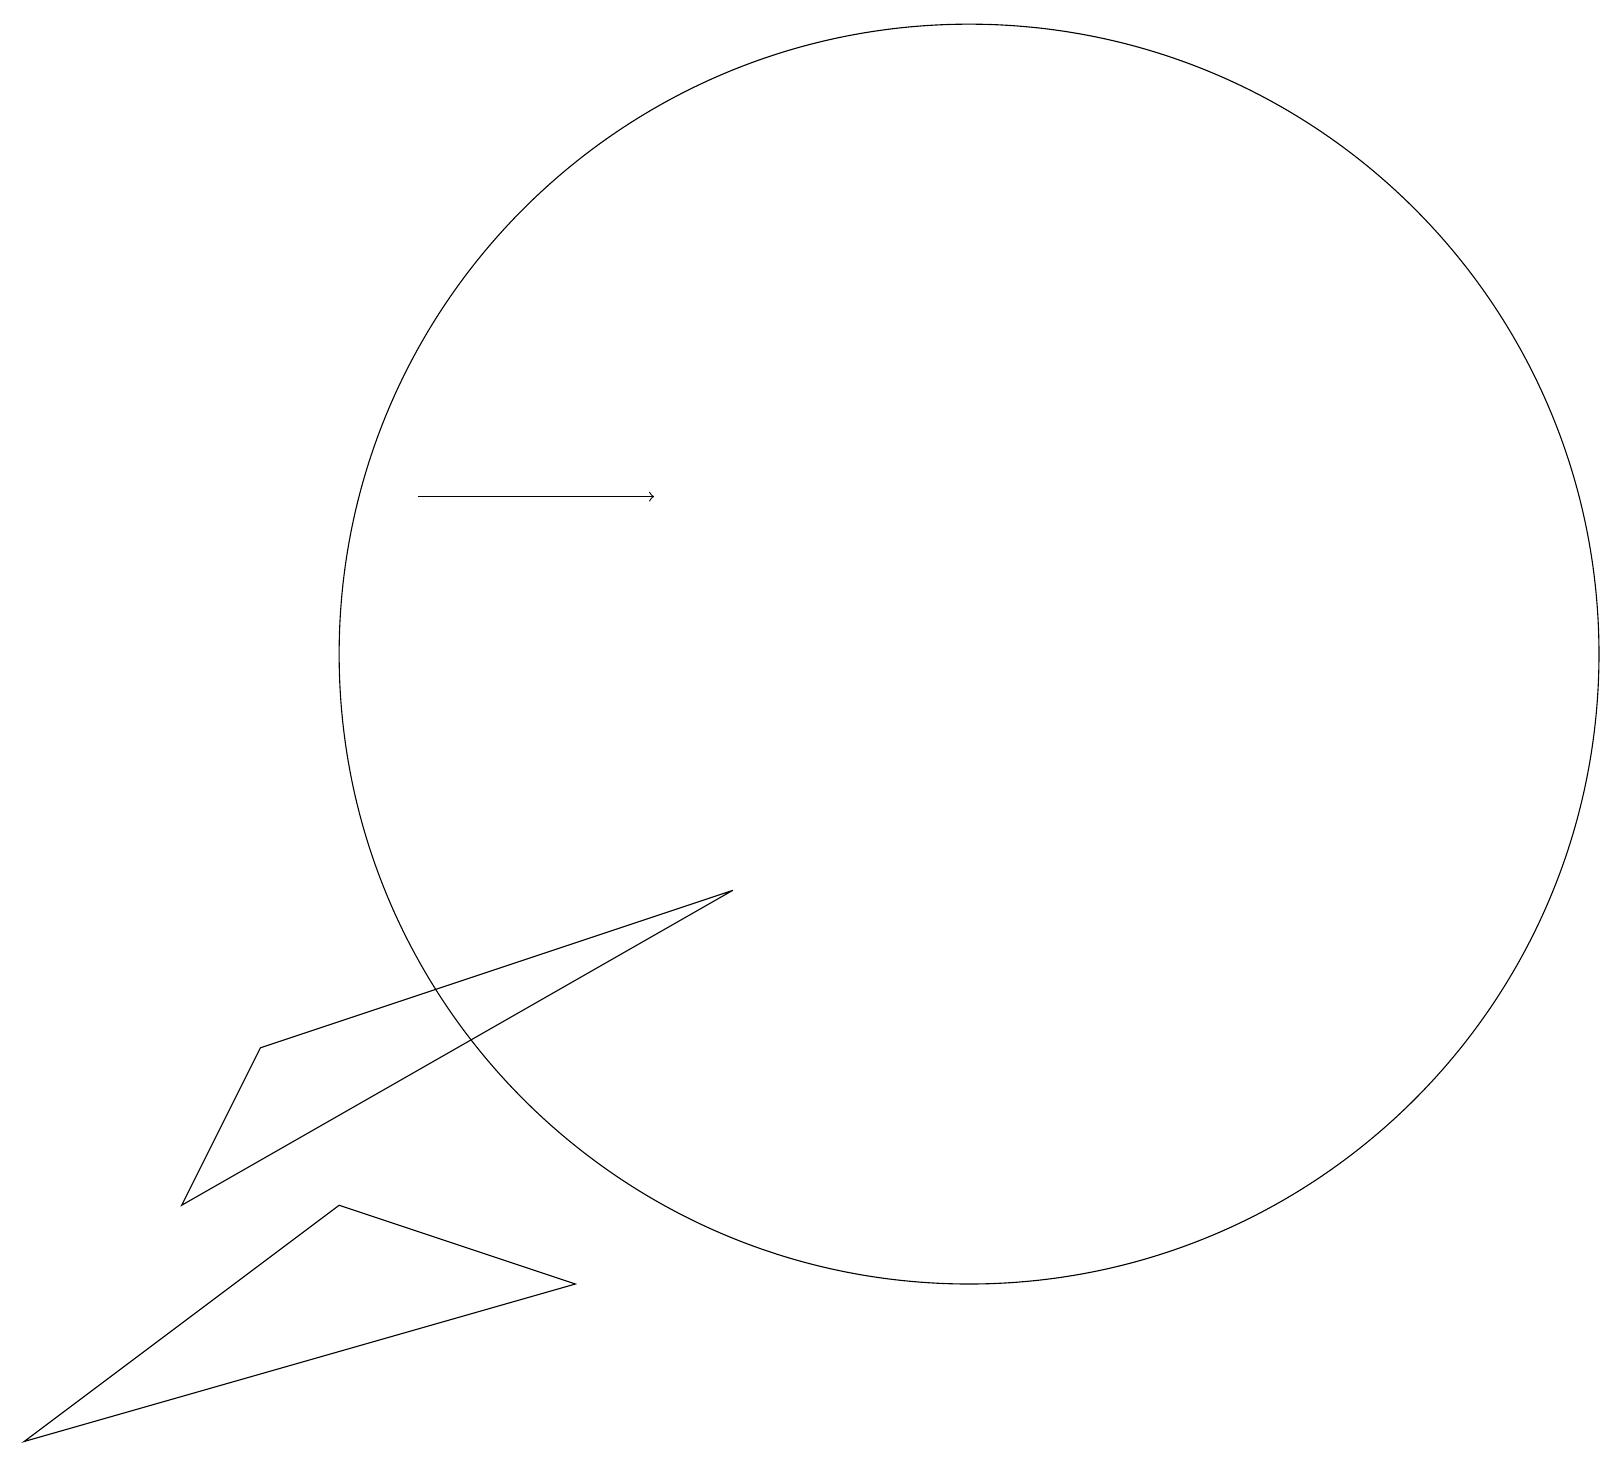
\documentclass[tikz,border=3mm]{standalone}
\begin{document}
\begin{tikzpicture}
\draw (12,10) circle (8);
\draw[->] (5,12) -- (8,12);
\draw (7,2) -- (4,3) -- (0,0) -- cycle;
\draw (3,5) -- (9,7) -- (2,3) -- cycle;
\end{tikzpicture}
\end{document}